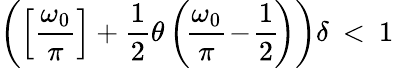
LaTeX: \left(\left[\frac{\omega_{0}}\pi\right]+\frac 12\theta\left(\! \frac{\omega_{0}}\pi\! -\! \frac 12\! \right)\right)\delta\: <\: 1